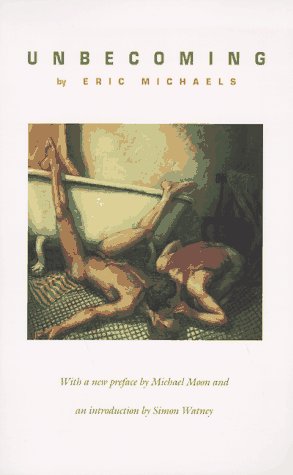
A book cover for Unbecoming (Series Q); Eric Michaels; Gay & Lesbian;